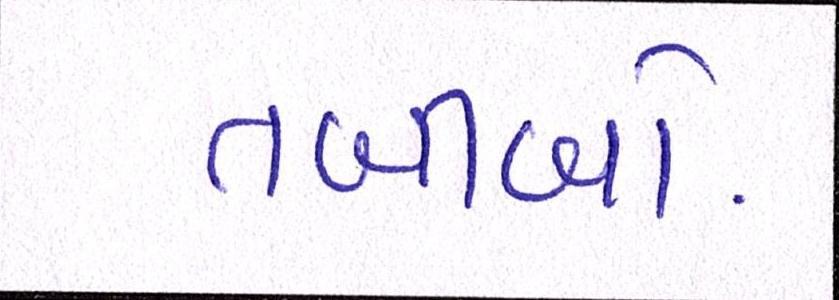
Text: તબીબો